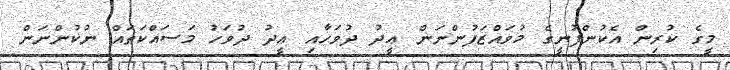
މީގެ ކުރިން އެކުންފުނީގެ މުވައްޒަފުންނަން ޢީދު ދުވަހާއި ޢީދު ދުވަހު މަސައްކަތައް ނުކުންނަން